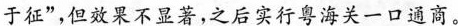
于征”，但效果不显著，之后实行粤海关一口通商。